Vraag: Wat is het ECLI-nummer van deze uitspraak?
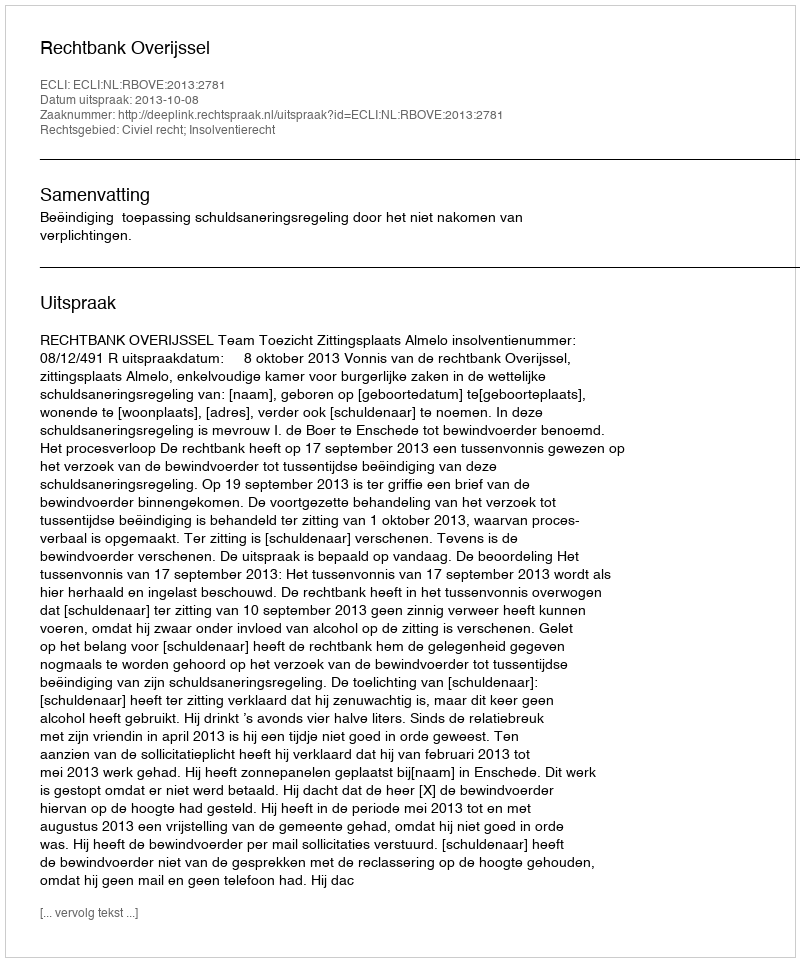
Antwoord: ECLI:NL:RBOVE:2013:2781